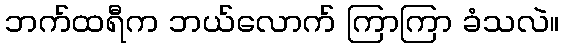
ဘက်ထရီက ဘယ်လောက် ကြာကြာ ခံသလဲ။